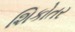
શિકોતર